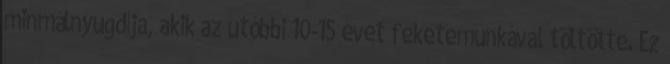
minmálnyugdíja, akik az utóbbi 10-15 évet feketemunkával töltötte. Ez